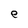
Character: e